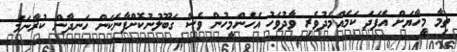
ތިމާ މީހާޔަށް އެފަދަ ކަމެއްމެދުވެރި ވާދުވަހު އެހެންމީހުން ވެސް ގަބޫލުނުކޮށްފާނެކަން ހަނދާން ކުރާނަމަ